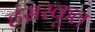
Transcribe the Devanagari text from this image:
हंसस्कूल